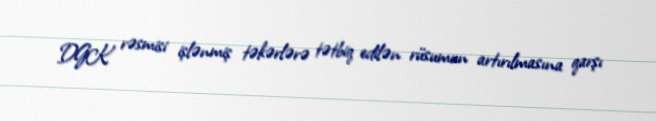
DGK rəsmisi işlənmiş təkərlərə tətbiq edilən rüsumun artırılmasına qarşı